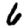
Digit: 6